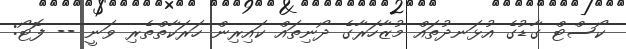
ކޯސްޓް ގާޑުގެ އުޅަނދުތައް މުޒާހަރާގެ ދޯނިތައް ކައިރިން ހަރަކާތްތެރި ވަނީ -- ފޮޓޯ: